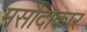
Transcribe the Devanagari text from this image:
मसौदाकार